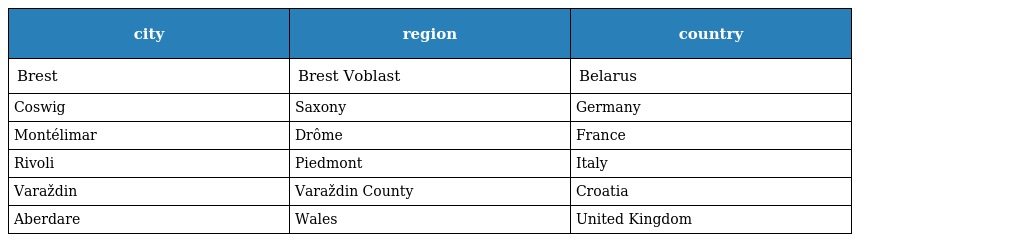
| city | region | country |
 | --- | --- | --- |
 | Brest | Brest Voblast | Belarus |
 | Coswig | Saxony | Germany |
 | Montélimar | Drôme | France |
 | Rivoli | Piedmont | Italy |
 | Varaždin | Varaždin County | Croatia |
 | Aberdare | Wales | United Kingdom |